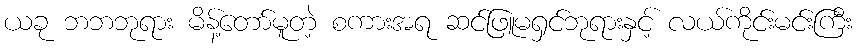
ယခု ဘဘဘုရား မိန့်တော်မူတဲ့ စကားအရ ဆင်ဖြူမရှင်ဘုရားနှင့် လယ်ကိုင်းမင်းကြီး